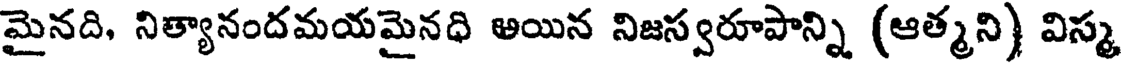
మైనది, నిత్యానందమయమైనధి అయిన నిజస్వరూపాన్ని (ఆత్మని) విస్మ